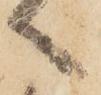
へ